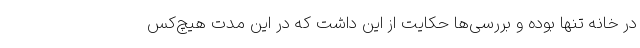
در خانه تنها بوده و بررسی‌ها حکایت از این داشت که در این مدت هیچ‌کس